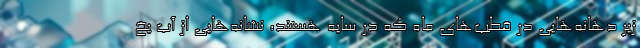
زیر دهانه‌هایی در قطب‌های ماه که در سایه هستند، نشانه‌هایی از آب یخ